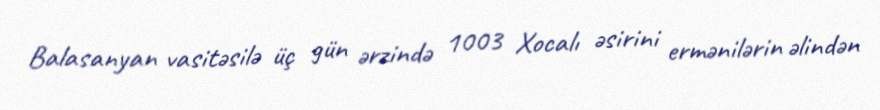
Balasanyan vasitəsilə üç gün ərzində 1003 Xocalı əsirini ermənilərin əlindən